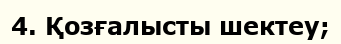
4. Қозғалысты шектеу;